Report of the Municipal Commissioner on the plague in Bombay for the year ending 31st May... - Volume 3
Disease focus: Plague
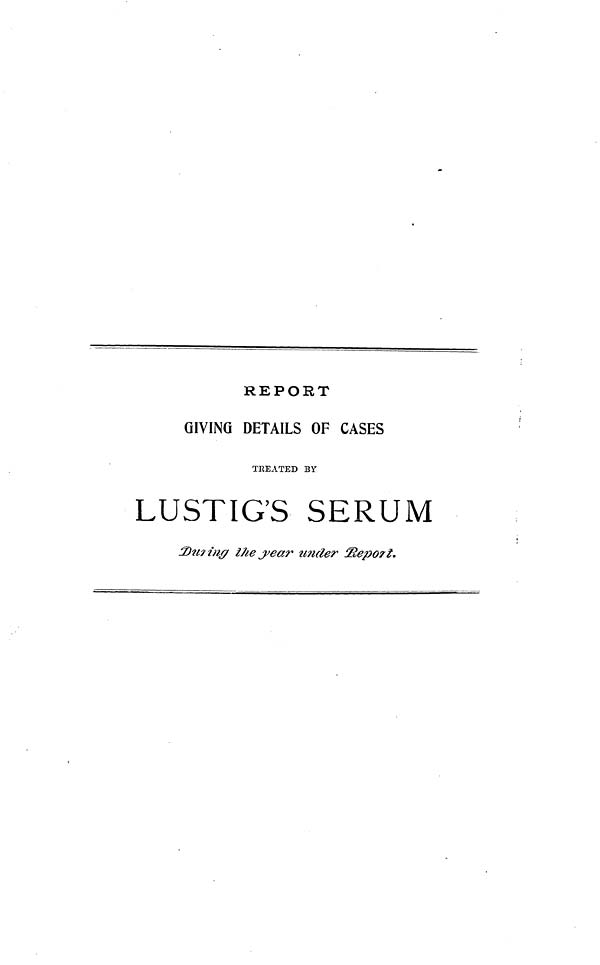
REPORT
GIVING DETAILS OF CASES
TEEATED BY
LUSTÏG'S SERUM
During the year under Report.